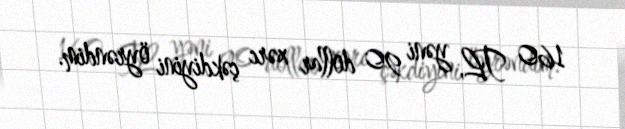
160 TL, yəni 90 dollar xərc çəkdiyini öyrəndim.